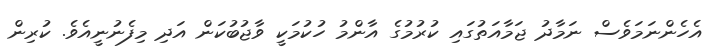
އެހެންނަމަވެސް ނަމާދު ޖަމާއަތުގައި ކުރުމުގެ އާންމު ހުކުމަކީ ވާޖުބުކަން އަދި މިފެނުނީއެވެ. ކުރިން